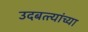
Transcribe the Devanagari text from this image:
उदबत्त्यांच्या